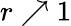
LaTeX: r\nearrow 1